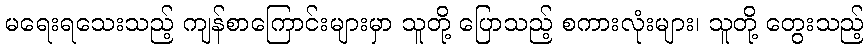
မရေးရသေးသည့် ကျန်စာကြောင်းများမှာ သူတို့ ပြောသည့် စကားလုံးများ၊ သူတို့ တွေးသည့်